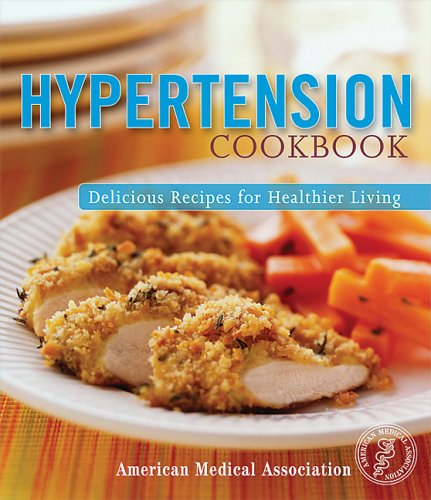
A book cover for Hypertension Cookbook; American Medical Association; Cookbooks, Food & Wine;